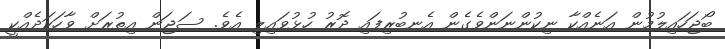
ބޯޖަހައިލުމުން އަނެއްކާ ނިކުންނަންވެގެން އެނބުރިފައި ދޮރު ހުޅުވައިލި އެވެ. ސަޖަން އިތުރަށް ވާހަކަދެއްކީ